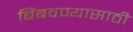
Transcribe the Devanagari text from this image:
बिंबवण्यासाठी